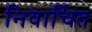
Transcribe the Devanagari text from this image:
निवार्चित